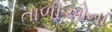
તાળીઓના